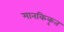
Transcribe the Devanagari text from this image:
मानकिकृत